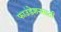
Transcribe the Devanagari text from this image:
फाउंडेशनसाठी